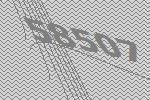
58507